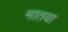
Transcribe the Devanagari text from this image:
मातवा